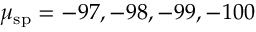
\mu _ { \mathrm { s p } } = - 9 7 , - 9 8 , - 9 9 , - 1 0 0